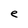
Character: e